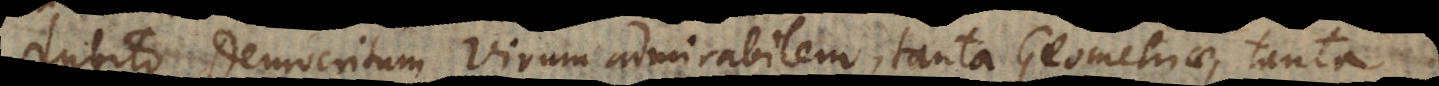
dubito Democritum Virum admirabilem, tanta Geometriae, tanta